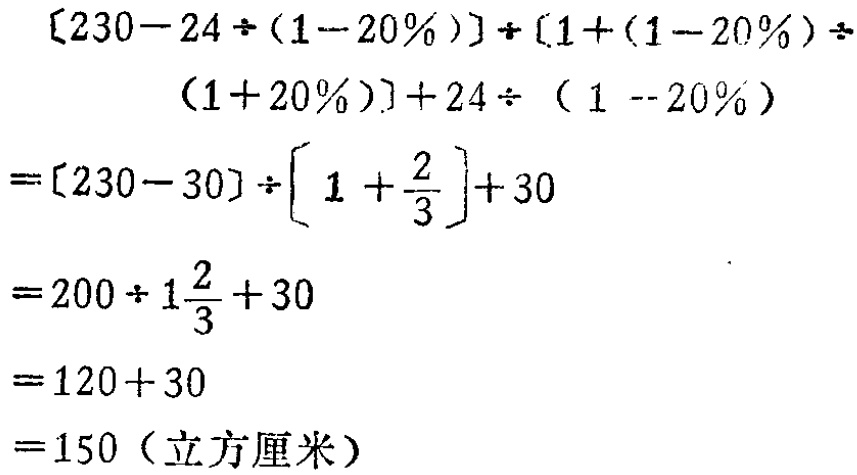
\[

\begin{align*}

&[230 - 24\div(1 - 20\%)]\div[1+(1 - 20\%)\div(1 + 20\%)]+24\div(1 - 20\%)\\

=&[230 - 30]\div\left[1+\frac{2}{3}\right]+30\\

=&200\div1\frac{2}{3}+30\\

=&120 + 30\\

=&150 (\text{立方厘米})

\end{align*}

\]